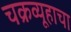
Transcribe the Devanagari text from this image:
चक्रव्यूहाचा